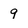
Character: 9